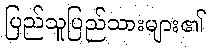
ပြည်သူပြည်သားများ၏